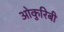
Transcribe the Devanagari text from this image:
ओकुरिबी